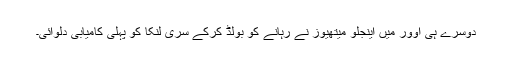
دوسرے ہی اوور میں اینجلو میتھیوز نے رہانے کو بولڈ کرکے سری لنکا کو پہلی کامیابی دلوائی۔